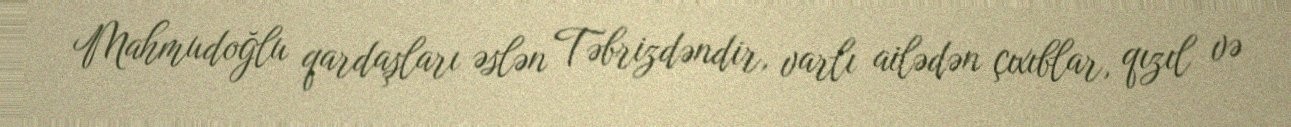
Mahmudoğlu qardaşları əslən Təbrizdəndir, varlı ailədən çıxıblar, qızıl və